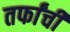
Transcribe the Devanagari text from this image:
तर्फांची